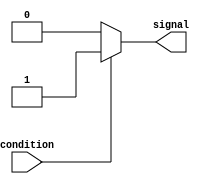
module simple_assign_statement(
    input wire condition,
    output reg signal
);

    always @(*) begin
        if (condition) begin
            signal <= 1'b1; // assign a value of 1 to signal when condition is true
        end else begin
            signal <= 1'b0; // assign a value of 0 to signal when condition is false
        end
    end

endmodule